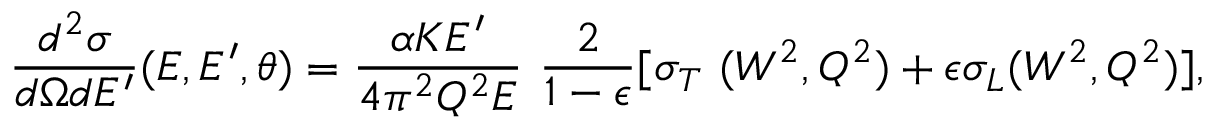
{ \frac { d ^ { 2 } \sigma } { d \Omega d E ^ { \prime } } } ( E , E ^ { \prime } , \theta ) = { \frac { \alpha K E ^ { \prime } } { 4 \pi ^ { 2 } Q ^ { 2 } E } } \ { \frac { 2 } { 1 - \epsilon } } [ \sigma _ { T } \ ( W ^ { 2 } , Q ^ { 2 } ) + \epsilon \sigma _ { L } ( W ^ { 2 } , Q ^ { 2 } ) ] ,